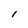
Character: l